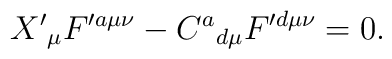
X^{\prime }{}_{\mu }F^{\prime a\mu \nu }-C^{a}{}_{d\mu }F^{\prime d\mu \nu}=0.